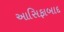
આસિફાબાદ